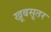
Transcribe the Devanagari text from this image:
खूबसूतर